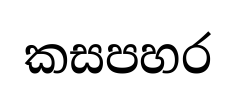
කසපහර